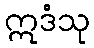
ဣဒံသု